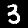
Label: 3